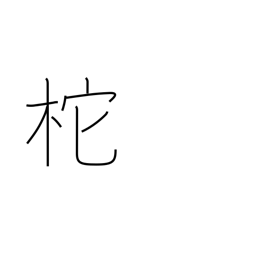
Meaning: helm